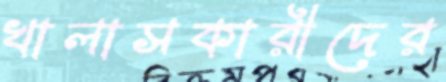
খালাসকারীদের